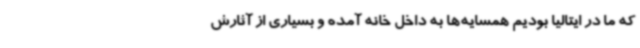
که ما در ایتالیا بودیم همسایه‌ها به داخل خانه آمده و بسیاری از آثارش